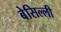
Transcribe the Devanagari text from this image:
बेसिल्ली